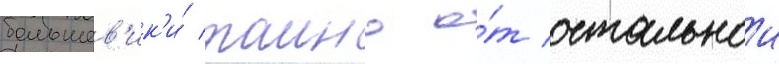
большев'ик'и́ таино о́т остальнои